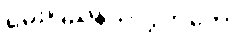
ရှမ်းပြည်နယ်လွှတ်တော်